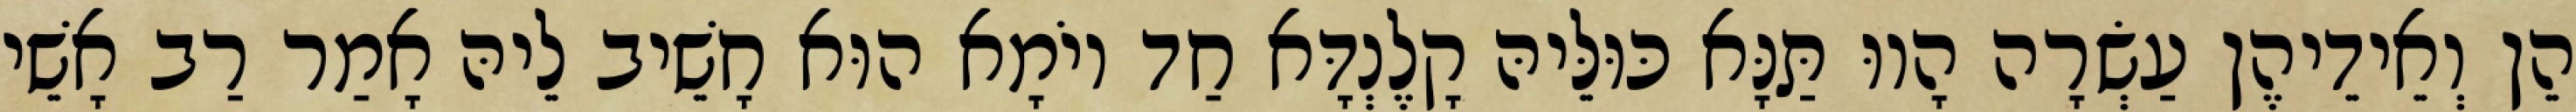
הֵן וְאֵידֵיהֶן עַשְׂרָה הָווּ תַּנָּא כּוּלֵּיהּ קָלֶנְדָּא חַד יוֹמָא הוּא חָשֵׁיב לֵיהּ אָמַר רַב אָשֵׁי